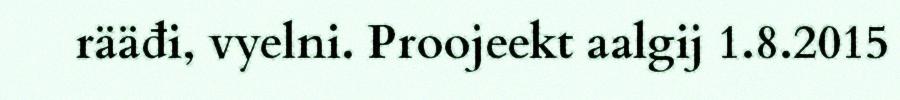
rääđi, vyelni. Proojeekt aalgij 1.8.2015